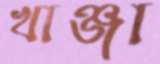
খাঞ্জা